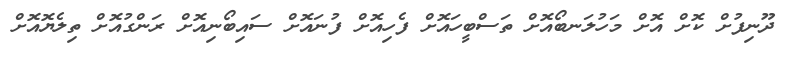
ދޫނިފުށް ކޮށް އޮށް މަހުލަނބޯއޮށް ތަސްބީހައޮށް ފެހިއޮށް ފުނައޮށް ސައިބޯނިއޮށް ރަންގުއޮށް ތިލެޔޮއޮށް